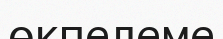
өкпелеме